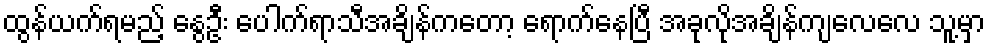
ထွန်ယက်ရမည့် နွေဦး ပေါက်ရာသီအချိန်ကတော့ ရောက်နေပြီ အခုလိုအချိန်ကျလေလေ သူ့မှာ